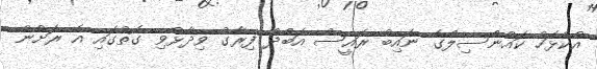
އުކުޅަހު ކައުންސިލްގެ ނައިބު ރައީސް އަބްދު ފިރާގު ވިދާޅުވި ގޮތުގައި އެ ރަށުން